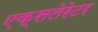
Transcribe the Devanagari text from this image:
एक्सलेरेटर